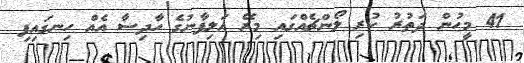
41 މީހުން ދަތުރު ކުރި ލޯންޗެއްގައި މިރޭ އަލިފާނުގެ ހާދިސާ އެއް ހިނގައިފި